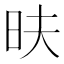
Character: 㫙